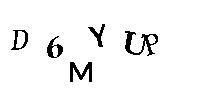
D6MYUP